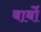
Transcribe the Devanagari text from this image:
बार्बो